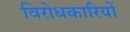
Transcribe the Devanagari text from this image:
विरोधकारियों